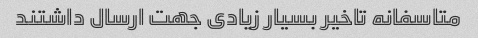
متاسفانه تاخیر بسیار زیادی جهت ارسال داشتند